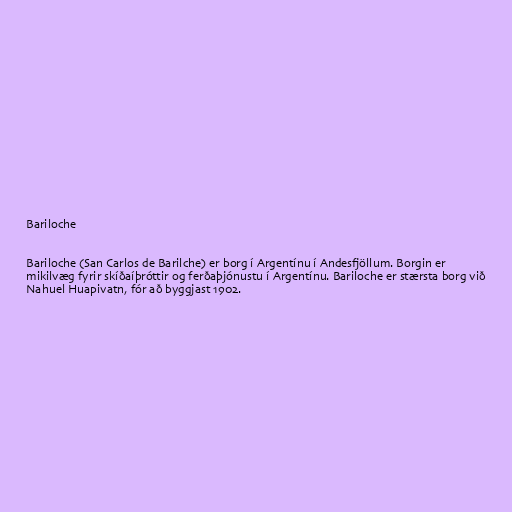
Bariloche

Bariloche (San Carlos de Barilche) er borg í Argentínu í Andesfjöllum. Borgin er
mikilvæg fyrir skíðaíþróttir og ferðaþjónustu í Argentínu. Bariloche er stærsta borg við
Nahuel Huapivatn, fór að byggjast 1902.